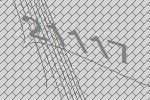
21117